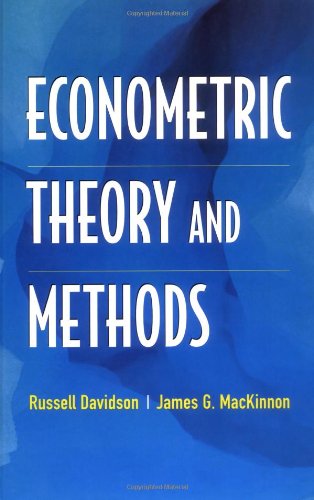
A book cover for Econometric Theory and Methods; Russell Davidson; Business & Money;